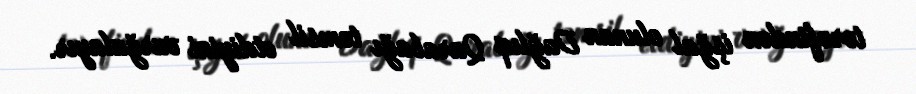
tərəfindən işğal olunan Dağlıq Qarabağı təmsil etdiyini vurğulayır.